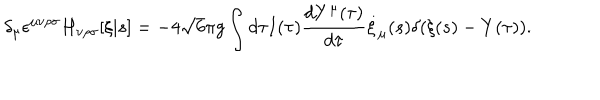
\delta _ { \mu } \epsilon ^ { \mu \nu \rho \sigma } H _ { \nu \rho \sigma } [ \xi | s ] = - 4 \sqrt { 6 } \pi g \int d \tau I ( \tau ) \frac { d Y ^ { \mu } ( \tau ) } { d \tau } \dot { \xi } _ { \mu } ( s ) \delta ( \xi ( s ) - Y ( \tau ) ) .